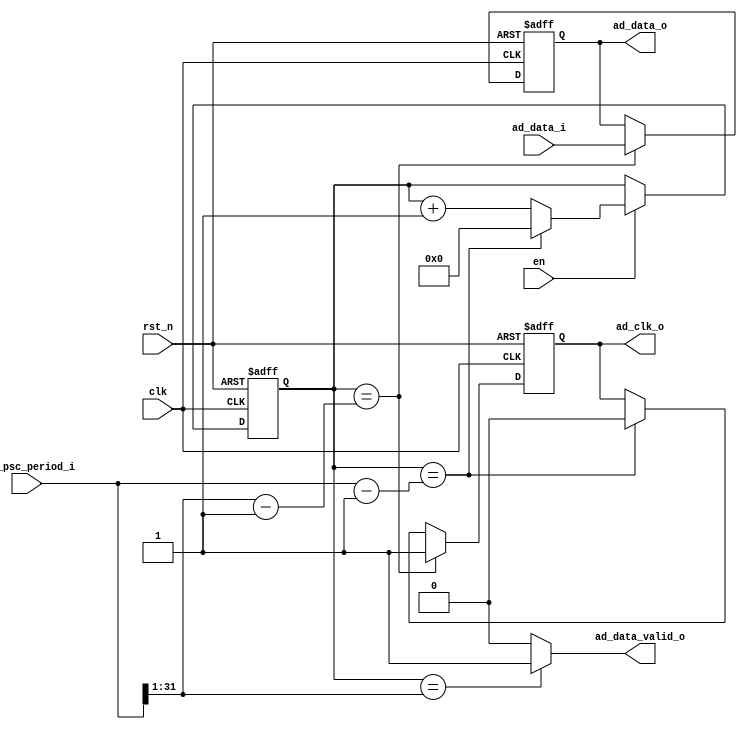
`timescale 1ns / 1ps

module ad9226
(
	input clk,
	input rst_n,
	input en,
	input [31:0]clk_psc_period_i,
	input [12:0]ad_data_i,
	output reg ad_clk_o,
	output reg [12:0]ad_data_o,
	output ad_data_valid_o
);

reg [31:0]clk_cnt;

always @(posedge clk or negedge rst_n) begin
	if(!rst_n)
		clk_cnt <= 32'd0;
	else if(en) begin
		if (clk_cnt == (clk_psc_period_i - 1)) begin
			clk_cnt <= 32'd0;
		end
		else begin
			clk_cnt <= clk_cnt + 32'd1;
		end
	end
end
	
always @(posedge clk or negedge rst_n) begin
	if(!rst_n) begin
		ad_clk_o <= 1'd0;
		ad_data_o <= 13'd0;
	end
	else if(clk_cnt == (clk_psc_period_i >> 1) - 1) begin
		ad_clk_o <= 1'd1;
		ad_data_o <= ad_data_i;
	end
	else if(clk_cnt == clk_psc_period_i - 1) begin
		ad_clk_o <= 1'd0;
		ad_data_o <= ad_data_o;
	end
	else begin
		ad_clk_o <= ad_clk_o;
		ad_data_o <= ad_data_o;
	end
end

assign ad_data_valid_o = (clk_cnt == clk_psc_period_i >> 1) ? 1 : 0;

endmodule